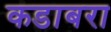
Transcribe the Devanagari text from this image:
कडाबरा